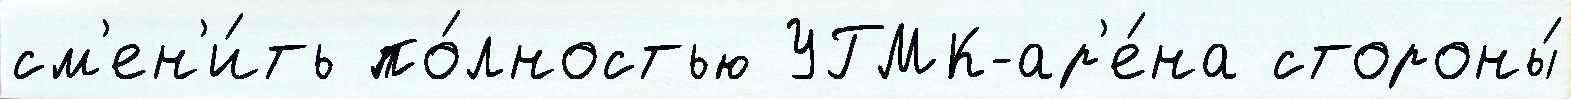
см'ен'и́ть по́лностью УГМК-ар'е́на стороны́